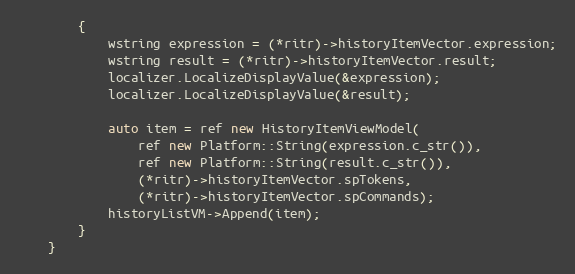
Language: C++
        {
            wstring expression = (*ritr)->historyItemVector.expression;
            wstring result = (*ritr)->historyItemVector.result;
            localizer.LocalizeDisplayValue(&expression);
            localizer.LocalizeDisplayValue(&result);

            auto item = ref new HistoryItemViewModel(
                ref new Platform::String(expression.c_str()),
                ref new Platform::String(result.c_str()),
                (*ritr)->historyItemVector.spTokens,
                (*ritr)->historyItemVector.spCommands);
            historyListVM->Append(item);
        }
    }